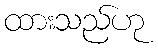
ထားသည်ဟု